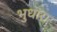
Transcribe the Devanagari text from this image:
भुधारा